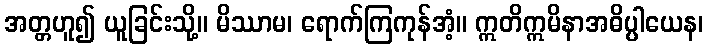
အတ္တဟူ၍ ယူခြင်းသို့။ မိဿာမ၊ ရောက်ကြကုန်အံ့။ ဣတိဣမိနာအဓိပ္ပါယေန၊